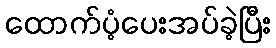
ထောက်ပံ့ပေးအပ်ခဲ့ပြီး